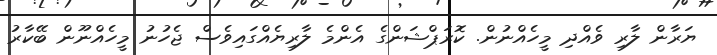
ޔަރާން ލާރި ވެއްދި މީހެއްނުން. ކޮރަޕްޝަންގެ އެންމެ ލާރިޔެއްގައިވެސް ޖެހުނު މީހެއްނޫން ބޭކާރު